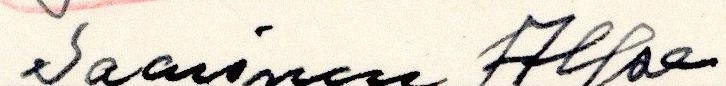
Saarinen Alfae